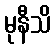
မုနီသိ